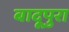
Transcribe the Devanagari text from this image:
बादूपुरा